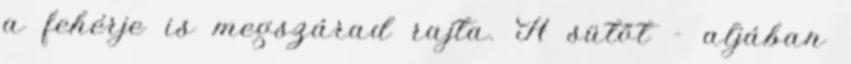
a fehérje is megszárad rajta. A sütőt - aljában